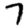
Digit: 7